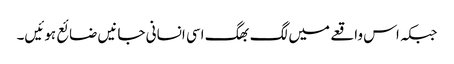
جبکہ اس واقعے میں لگ بھگ اسی انسانی جانیں ضائع ہوئیں۔